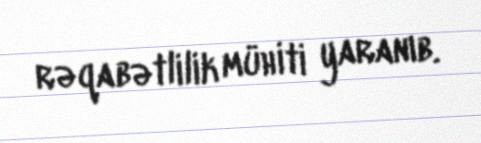
rəqabətlilik mühiti yaranıb.